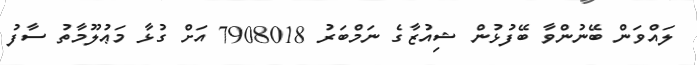
ލައްވަން ބޭނުންވާ ބޭފުޅުން ޝިއުޒާގެ ނަމްބަރު 7908018 އަށް ގުޅާ މަޢުލޫމާތު ސާފު